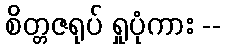
စိတ္တဇရုပ် ရှုပုံကား --